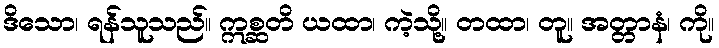
ဒိသော၊ ရန်သူသည်။ ဣစ္ဆတိ ယထာ၊ ကဲ့သို့။ တထာ၊ တူ။ အတ္တာနံ၊ ကို။